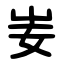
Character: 妛